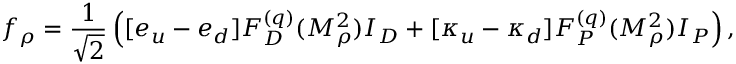
f _ { \rho } = \frac { 1 } { \sqrt { 2 } } \left( [ e _ { u } - e _ { d } ] F _ { D } ^ { ( q ) } ( M _ { \rho } ^ { 2 } ) I _ { D } + [ \kappa _ { u } - \kappa _ { d } ] F _ { P } ^ { ( q ) } ( M _ { \rho } ^ { 2 } ) I _ { P } \right) ,